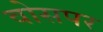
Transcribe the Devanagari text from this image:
वोसपर